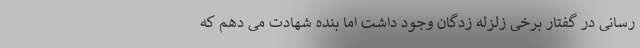
رسانی در گفتار برخی زلزله زدگان وجود داشت اما بنده شهادت می دهم که